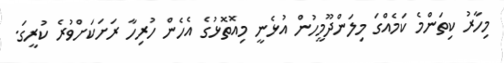
މިހާރު ކިތަންމެ ކަމެއްގަ މިލަންދޫމީހުން އުޅެނީ މިއޮތޮޅުގެ އެހެން ހުރިހާ ރަށަކަށްވުރެ ކުރީގަ.